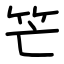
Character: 笀